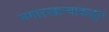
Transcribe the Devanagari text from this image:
नगारखान्याकडून